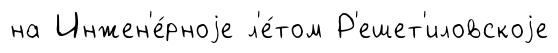
на Инжен'е́рноjе л'е́том Р'ешет'иловскоjе